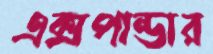
এক্সপান্ডার